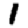
Digit: 1